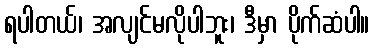
ရပါတယ်၊ အလျင်မလိုပါဘူး၊ ဒီမှာ ပိုက်ဆံပါ။